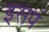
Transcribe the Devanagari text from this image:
इसपं